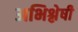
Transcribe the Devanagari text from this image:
अभिश्लेषी